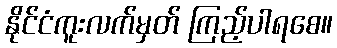
နိုင်ငံကူးလက်မှတ် ကြည့်ပါရစေ။